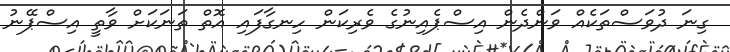
ގިނަ ދުވަސްތަކެއް ވަންދެން އިސްޕެއިނުގެ ވެރިކަން ހިނގާފައި އޮތް ތަނަކަށް ވާތީ އިސްޕޭނު